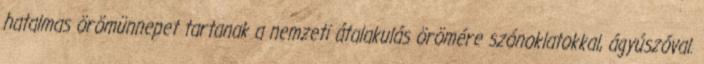
hatalmas örömünnepet tartanak a nemzeti átalakulás örömére szónoklatokkal, ágyúszóval.